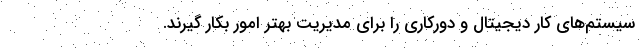
سیستم‌های کار دیجیتال و دورکاری را برای مدیریت بهتر امور بکار گیرند.